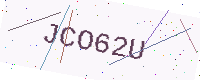
Text: JCO62U